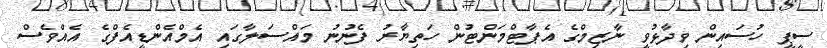
ސީޕީ ހުސައިން ވިދާޅުވީ ނާޒިމްގެ އެޕާޓްމަންޓުން ހަތިޔާރު ފެނުނު މައްސަލާގައި އެމްއެންޑީއެފްގެ އެއްވެސް